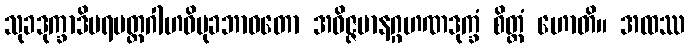
သုခဒုက္ခာဒိပရမတ္ထဂါဟဝိမုခဘာဝတော အဝိဇ္ဇမာနဂ္ဂဟဏဒုက္ခံ စိတ္တံ ဟောတိ။ အထဿ